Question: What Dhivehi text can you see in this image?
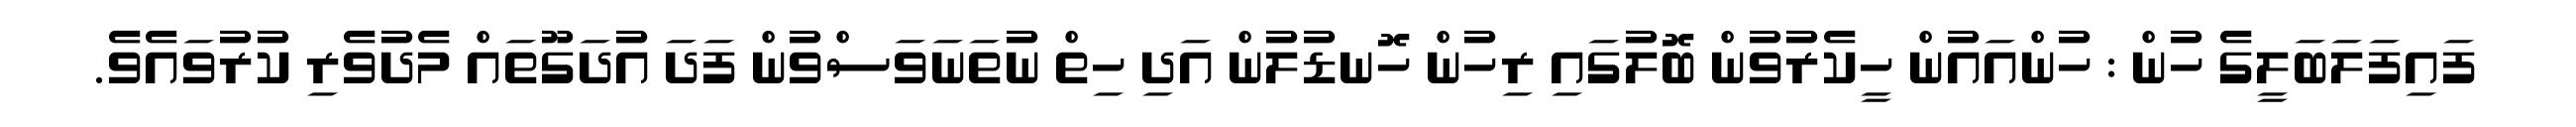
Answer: ފައިފަލަބަލީގެ ހުން : ހުންއައުން ހީކެރުވުން ބޮލުގައި ރިހުން ހޮނޑުލުން އަދި ހިތް ނުތަނަވަސްވުން ފަދަ އުދަގޫތައް މެދުވެރި ކުރުވައެވެ.